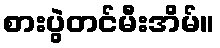
စားပွဲတင်မီးအိမ်။